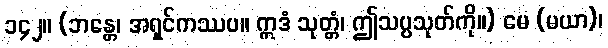
၁၄၂။ (ဘန္တေ၊ အရှင်ကဿပ။ ဣဒံ သုတ္တံ၊ ဤသပ္ပသုတ်ကို။) မေ (မယာ)၊